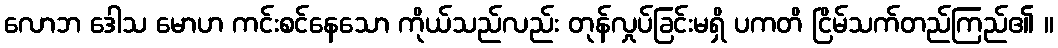
လောဘ ဒေါသ မောဟ ကင်းစင်နေသော ကိုယ်သည်လည်း တုန်လှုပ်ခြင်းမရှိ ပကတိ ငြိမ်သက်တည်ကြည်၏ ။